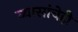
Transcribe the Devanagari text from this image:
व्यासांचेही